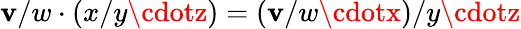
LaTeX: \mathbf{v}/w\cdot(x/y\cdotz)=(\mathbf{v}/w\cdotx)/y\cdotz